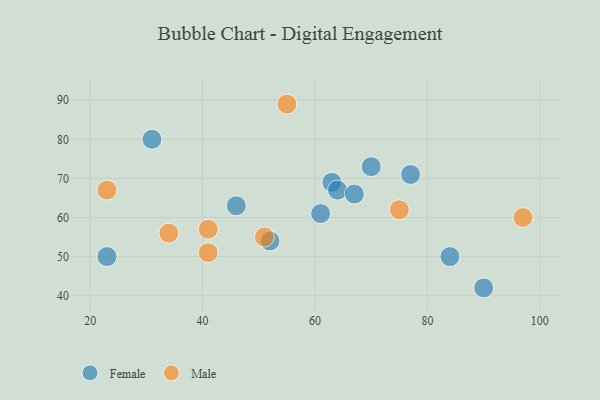
{"axis": {"x": "GDP", "y": "Life Expectancy"}, "legend": ["Female", "Male"], "data": [{"x": "90", "y": 42, "type": "Female"}, {"x": "61", "y": 61, "type": "Female"}, {"x": "70", "y": 73, "type": "Female"}, {"x": "84", "y": 50, "type": "Female"}, {"x": "63", "y": 69, "type": "Female"}, {"x": "23", "y": 50, "type": "Female"}, {"x": "77", "y": 71, "type": "Female"}, {"x": "31", "y": 80, "type": "Female"}, {"x": "52", "y": 54, "type": "Female"}, {"x": "64", "y": 67, "type": "Female"}, {"x": "46", "y": 63, "type": "Female"}, {"x": "67", "y": 66, "type": "Female"}, {"x": "34", "y": 56, "type": "Male"}, {"x": "51", "y": 55, "type": "Male"}, {"x": "41", "y": 51, "type": "Male"}, {"x": "55", "y": 89, "type": "Male"}, {"x": "41", "y": 57, "type": "Male"}, {"x": "97", "y": 60, "type": "Male"}, {"x": "23", "y": 67, "type": "Male"}, {"x": "75", "y": 62, "type": "Male"}]}